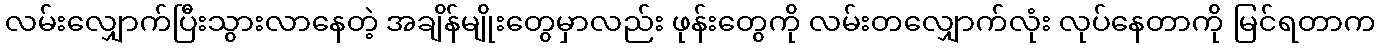
လမ်းလျှောက်ပြီးသွားလာနေတဲ့ အချိန်မျိုးတွေမှာလည်း ဖုန်းတွေကို လမ်းတလျှောက်လုံး လုပ်နေတာကို မြင်ရတာက